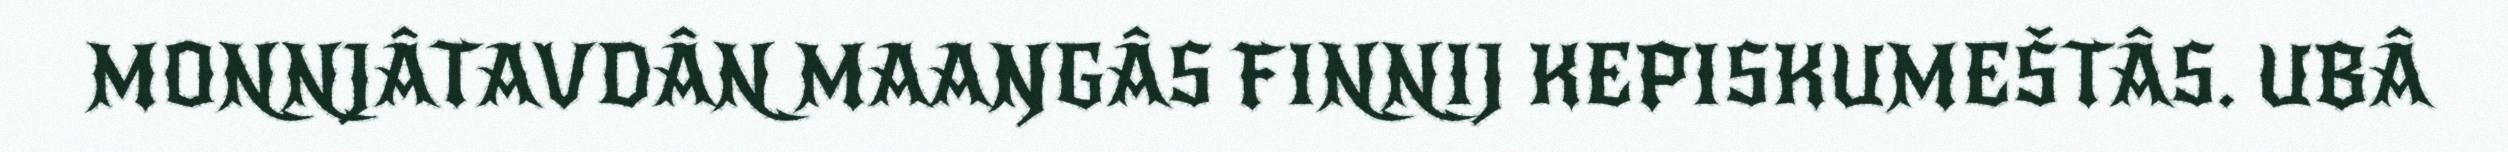
MONNJÂTAVDÂN MAAŊGÂS FINNIJ KEPISKUMEŠTÂS. UBÂ